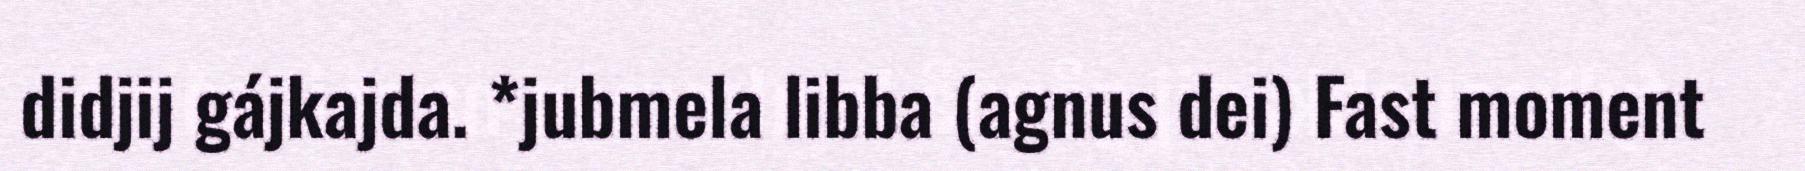
didjij gájkajda. *jubmela libba (agnus dei) Fast moment